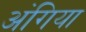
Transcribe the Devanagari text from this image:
अंगिया